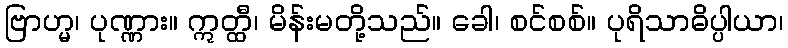
ဗြာဟ္မ၊ ပုဏ္ဏား။ ဣတ္ထီ၊ မိန်းမတို့သည်။ ခေါ၊ စင်စစ်။ ပုရိသာဓိပ္ပါယာ၊